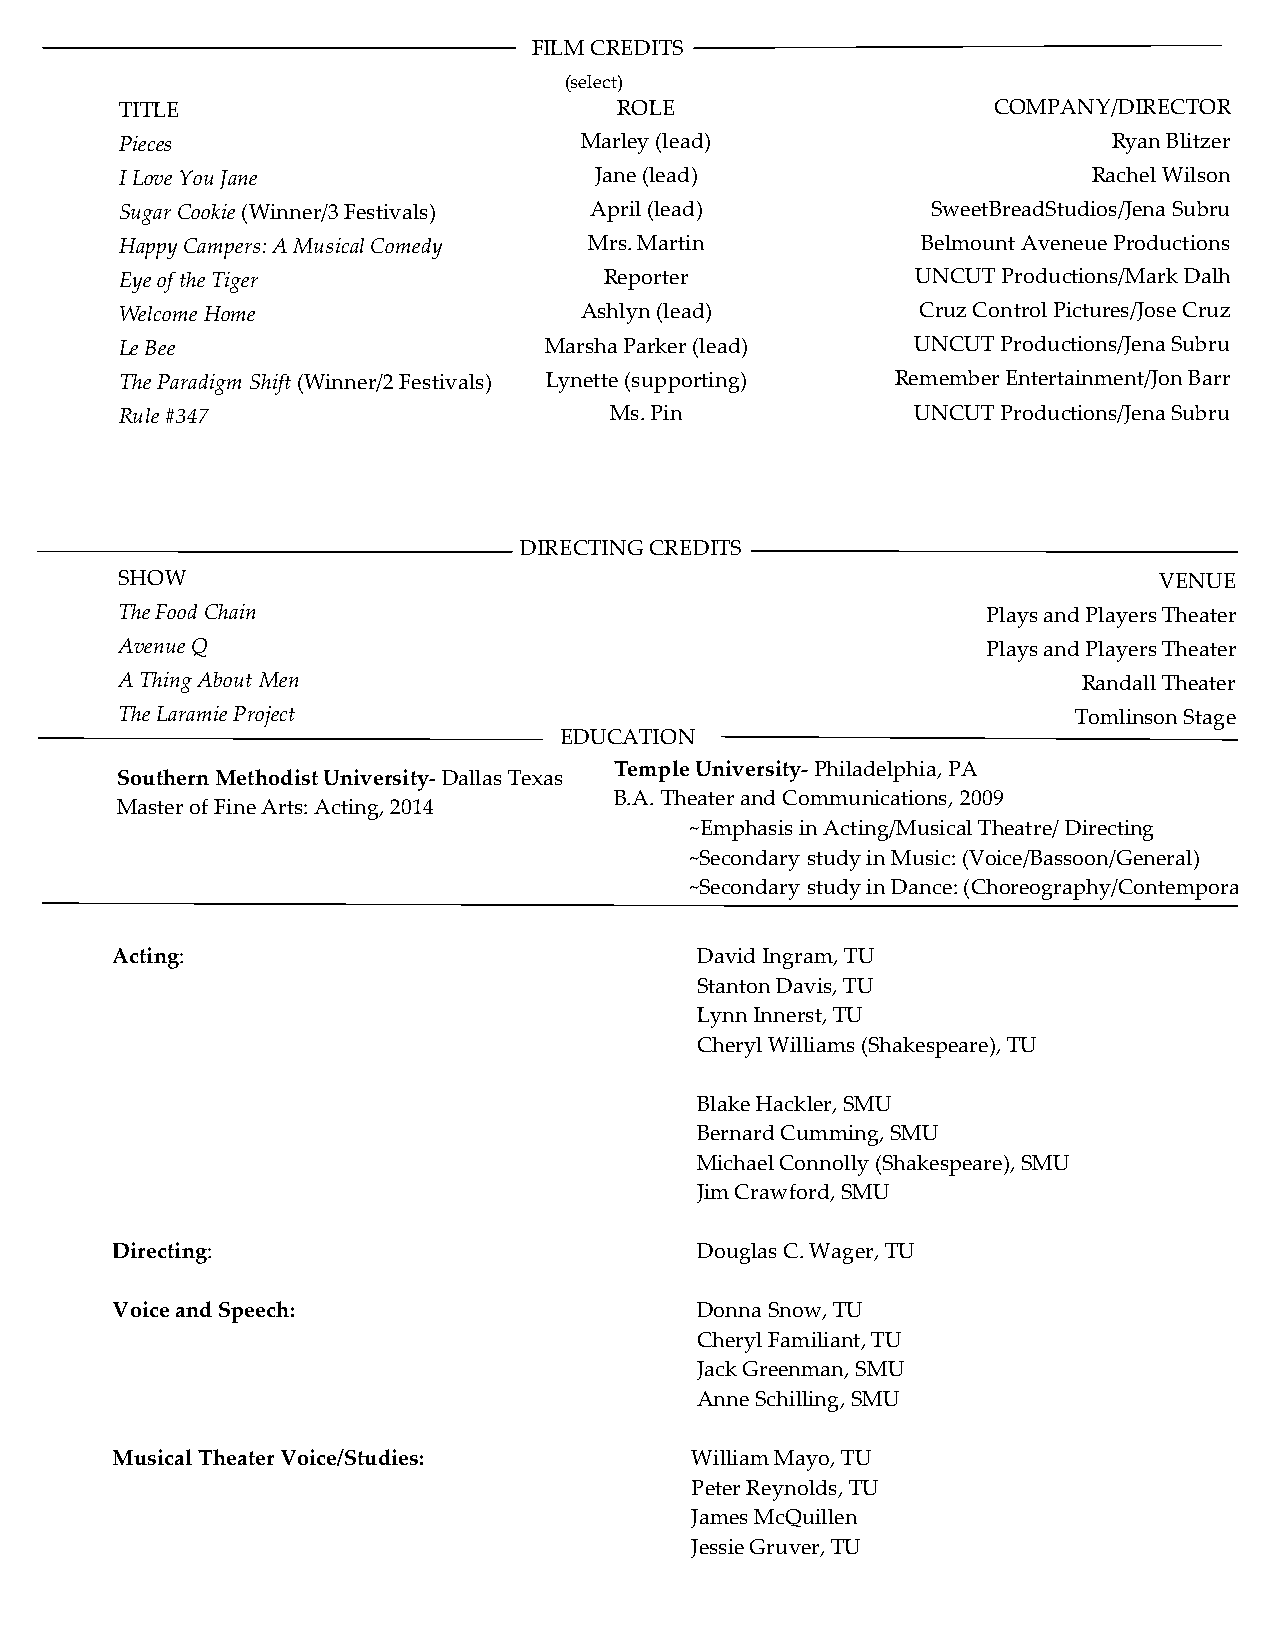
FILM CREDITS
 (select)
 TITLE                            ROLE                     COMPANY/DIRECTOR
 Pieces                        Marley (lead)                       Ryan Blitzer
 I Love You Jane                Jane (lead)                      Rachel Wilson
 Sugar Cookie (Winner/3 Festivals) April (lead)        SweetBreadStudios/Jena Subru
 Happy Campers: A Musical Comedy Mrs. Martin          Belmount Aveneue Productions
 Eye of the Tiger                Reporter             UNCUT Productions/Mark Dalh
 Welcome Home                  Ashlyn (lead)          Cruz Control Pictures/Jose Cruz
 Le Bee                      Marsha Parker (lead)     UNCUT Productions/Jena Subru
 The Paradigm Shift (Winner/2 Festivals) Lynette (supporting) Remember Entertainment/Jon Barr
 Rule #347                       Ms. Pin              UNCUT Productions/Jena Subru
 DIRECTING CREDITS
 SHOW                                                                 VENUE
 The Food Chain                                           Plays and Players Theater
 Avenue Q                                                 Plays and Players Theater
 A Thing About Men                                               Randall Theater
 The Laramie Project                                            Tomlinson Stage
 EDUCATION
 Temple University-­‐‑ Philadelphia, PA
 Southern Methodist University-­‐‑ Dallas Texas
 B.A. Theater and Communications, 2009
 Master of Fine Arts: Acting, 2014
 ~Emphasis in Acting/Musical Theatre/ Directing
 ~Secondary study in Music: (Voice/Bassoon/General)
 ~Secondary study in Dance: (Choreography/Contemporary)
 Acting:                                David Ingram, TU
 Stanton Davis, TU
 Lynn Innerst, TU
 Cheryl Williams (Shakespeare), TU
 Blake Hackler, SMU
 Bernard Cumming, SMU
 Michael Connolly (Shakespeare), SMU
 Jim Crawford, SMU
 Directing:                             Douglas C. Wager, TU
 Voice and Speech:                      Donna Snow, TU
 Cheryl Familiant, TU
 Jack Greenman, SMU
 Anne Schilling, SMU
 Musical Theater Voice/Studies:         William Mayo, TU
 Peter Reynolds, TU
 James McQuillen
 Jessie Gruver, TU
 Ashlee Elizabeth Bashore